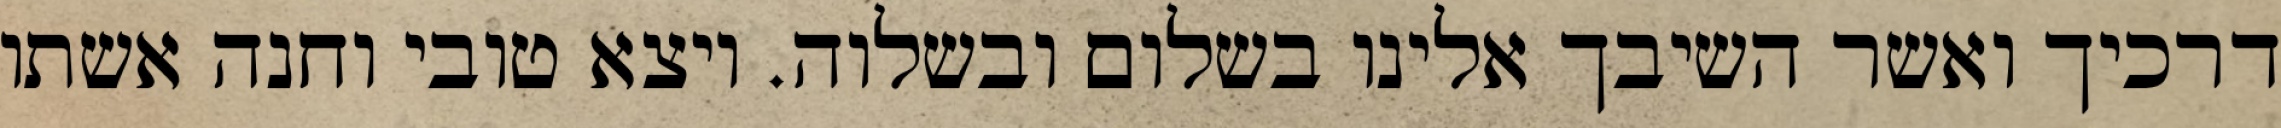
דרכיך ואשר השיבך אלינו בשלום ובשלוה. ויצא טובי וחנה אשתו